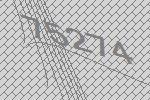
75274